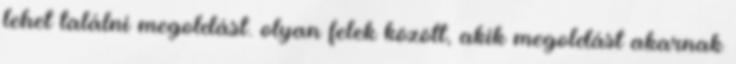
lehet találni megoldást. olyan felek között, akik megoldást akarnak